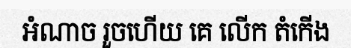
អំណាច រួចហើយ គេ លើក តំកើង